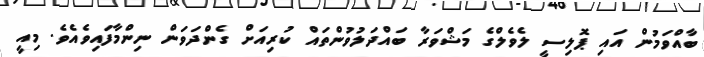
ބާއްވަމުން އައި ޕޮލިސީ ލެވެލްގެ މަޝްވަރާ ބައްދަލުވުންތައް ކުރިއަށް ގެންދަވަން ނިންމާފައިވެއެވެ. މިއީ